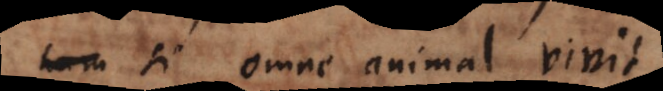
a, si omne animal vivit,